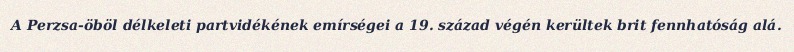
A Perzsa-öböl délkeleti partvidékének emírségei a 19. század végén kerültek brit fennhatóság alá.